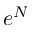
e ^ { N }